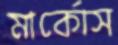
মার্কোস